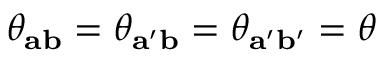
\theta _ { \mathbf { a b } } = \theta _ { \mathbf { a ^ { \prime } b } } = \theta _ { \mathbf { a ^ { \prime } b ^ { \prime } } } = \theta